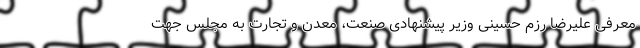
معرفی علیرضا رزم حسینی وزیر پیشنهادی صنعت، معدن و تجارت به مجلس جهت